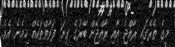
މީގެ ތެރޭގައި ރާއްޖެ އާއި ރާއްޖޭން ބޭރުގެ ގިނަ ފަރާތްތަކެއް ހިމެނެ އެވެ.